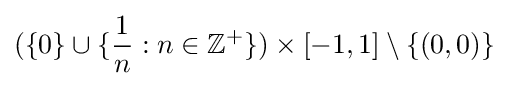
(\{0\}\cup \{{\frac {1}{n}}:n\in \mathbb {Z} ^{+}\})\times [-1,1]\setminus \{(0,0)\}